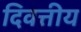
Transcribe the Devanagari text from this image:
दिवत्तीय